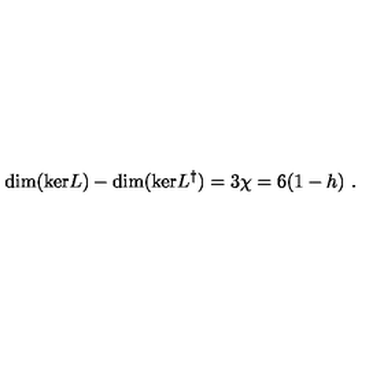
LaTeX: \mathrm { d i m ( k e r } L ) - \mathrm { d i m ( k e r } L ^ { \dag } ) = 3 \chi = 6 ( 1 - h ) \ .